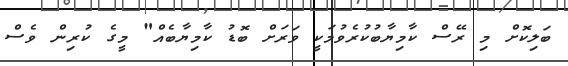
ބަލިކޮށް މި ރޭސް ކާމިޔާބުކުރެވުމަކީ ވަރަށް ބޮޑު ކާމިޔާބެއް" މީގެ ކުރިން ވެސް